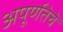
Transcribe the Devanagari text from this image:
अपूर्णतेचे